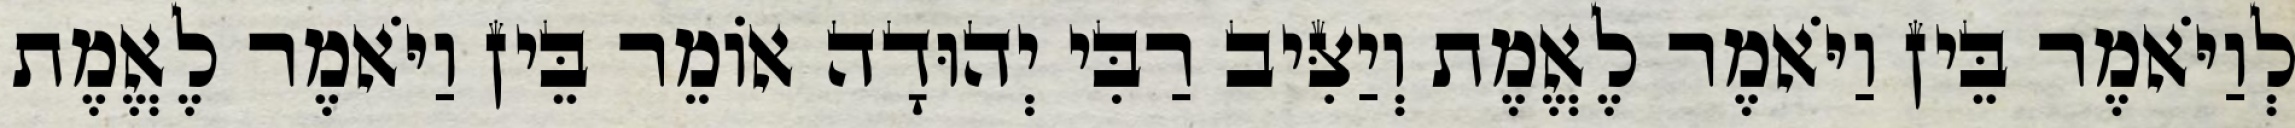
לְוַיֹּאמֶר בֵּין וַיֹּאמֶר לֶאֱמֶת וְיַצִּיב רַבִּי יְהוּדָה אוֹמֵר בֵּין וַיֹּאמֶר לֶאֱמֶת